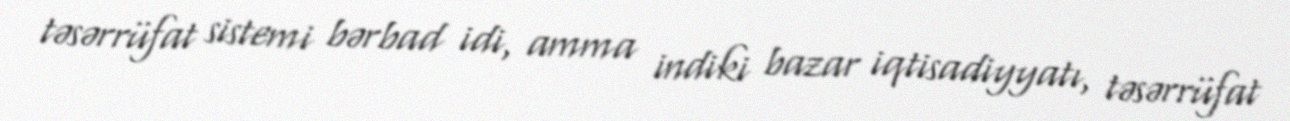
təsərrüfat sistemi bərbad idi, amma indiki bazar iqtisadiyyatı, təsərrüfat